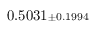
0 . 5 0 3 1 { \scriptstyle \pm 0 . 1 9 9 4 }